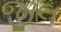
જીલ